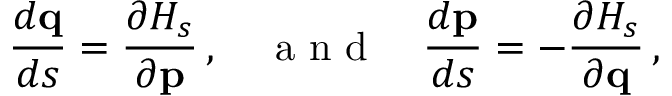
\frac { d { \bf q } } { d s } = \frac { \partial { \cal H } _ { s } } { \partial { \bf p } } \, , \quad \mathrm { ~ a ~ n ~ d ~ } \quad \frac { d { \bf p } } { d s } = - \frac { \partial { \cal H } _ { s } } { \partial { \bf q } } \, ,